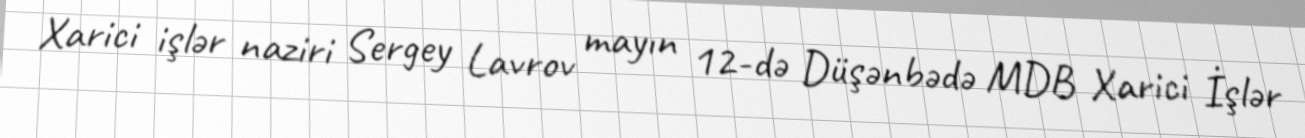
Xarici işlər naziri Sergey Lavrov mayın 12-də Düşənbədə MDB Xarici İşlər